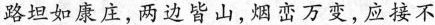
路坦如康庄，两边皆山，烟峦万变，应接不